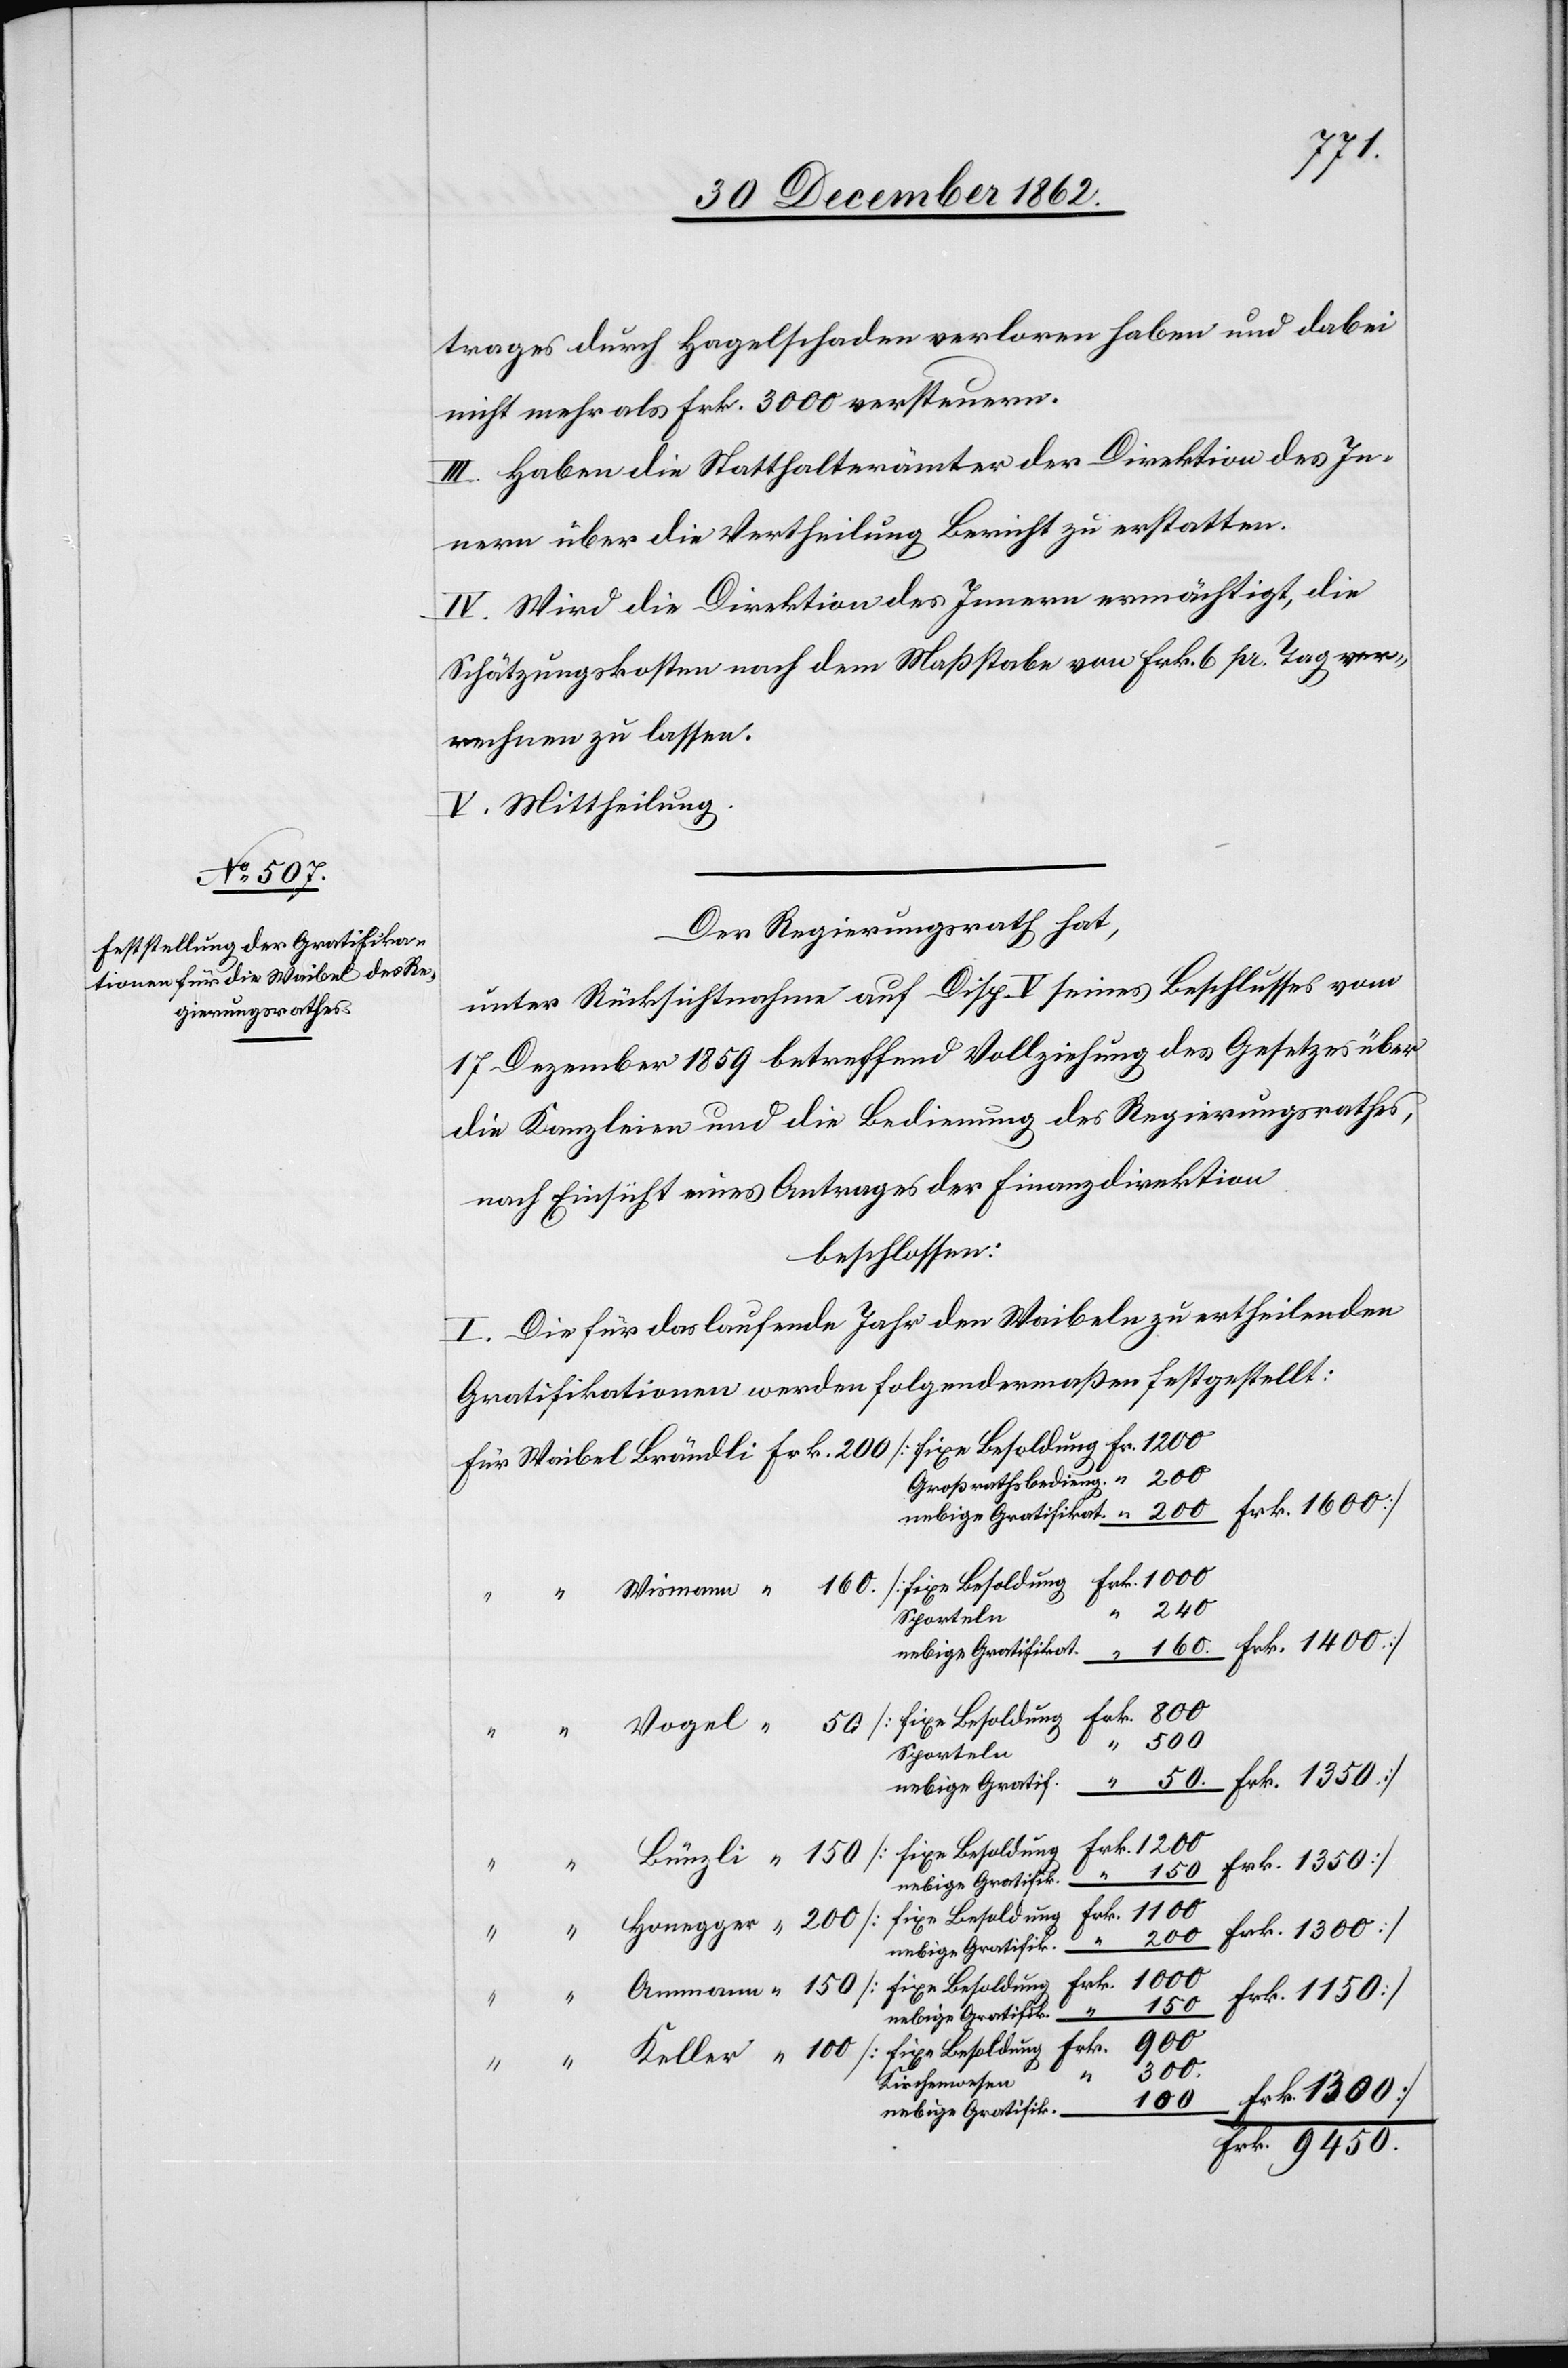
trages durch Hagelschaden verloren haben und dabei
nicht mehr als Frk.3000 versteuern.
III. Haben die Statthalterämter der Direktion des In¬
nern über die Vertheilung Bericht zu erstatten.
IV. Wird die Direktion des Innern ermächtigt, die
Schätzungskosten nach dem Maßstabe von Frk. 6 pr. Tag ver¬
rechnen zu lassen.
V. Mittheilung.
Der Regierungsrath hat,
unter Rücksichtnahme auf Disp. V seines Beschlusses vom
17. Dezember 1859 betreffend Vollziehung des Gesetzes über
die Kanzleien und die Bedienung des Regierungsrathes
nach Einsicht eines Antrages der Finanzdirektion
beschlossen:
I. Die für das laufende Jahr den Waibel zu ertheilenden
Gratifikationen werden folgendermaßen festgestellt:
9450.
Sporteln
nebige Gratif.
“
nebige Gratifik.
nebige Gratifikat.
1300]
160.
Kirchenwesen